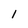
Character: 1